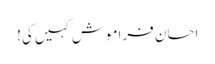
احسان فراموش کہیں کی!